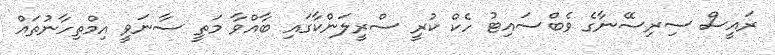
ރައީސް ސިރިސޭނާގެ ވެބްސައިޓު ހެކް ކުރީ ސްރީލަންކާގައި ބާއްވާ މަތީ ސާނަވީ އިމްތިހާނުތައް